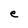
Character: e